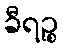
ခီရဉ္စ